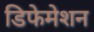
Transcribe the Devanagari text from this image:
डिफेमेशन